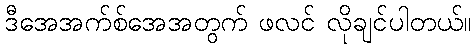
ဒီအေအက်စ်အေအတွက် ဖလင် လိုချင်ပါတယ်။